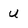
Character: u